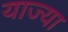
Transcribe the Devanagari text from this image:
याज्या